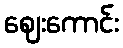
ဈေးကောင်း